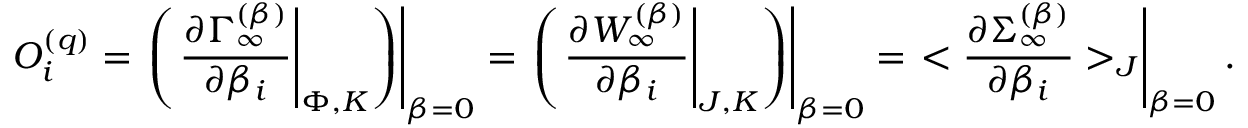
{ \cal O } _ { i } ^ { ( q ) } = \left. \left( \left. { \frac { \partial \Gamma _ { \infty } ^ { ( \beta ) } } { \partial \beta _ { i } } } \right| _ { \Phi , K } \right) \right| _ { \beta = 0 } = \left. \left( \left. { \frac { \partial W _ { \infty } ^ { ( \beta ) } } { \partial \beta _ { i } } } \right| _ { J , K } \right) \right| _ { \beta = 0 } = \left. < { \frac { \partial \Sigma _ { \infty } ^ { ( \beta ) } } { \partial \beta _ { i } } } > _ { J } \right| _ { \beta = 0 } .